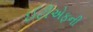
ઈટીએફની